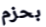
بحزم